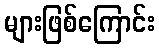
များဖြစ်ကြောင်း